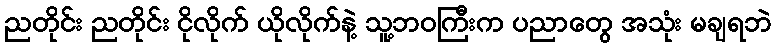
ညတိုင်း ညတိုင်း ငိုလိုက် ယိုလိုက်နဲ့ သူ့ဘဝကြီးက ပညာတွေ အသုံး မချရဘဲ